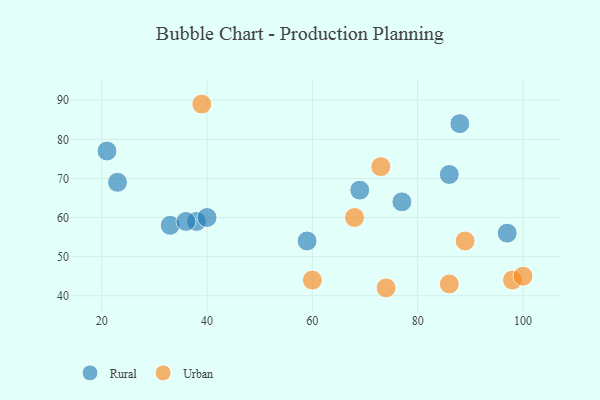
{"axis": {"x": "GDP", "y": "Life Expectancy"}, "legend": ["Rural", "Urban"], "data": [{"x": "88", "y": 84, "type": "Rural"}, {"x": "97", "y": 56, "type": "Rural"}, {"x": "38", "y": 59, "type": "Rural"}, {"x": "86", "y": 71, "type": "Rural"}, {"x": "40", "y": 60, "type": "Rural"}, {"x": "59", "y": 54, "type": "Rural"}, {"x": "69", "y": 67, "type": "Rural"}, {"x": "77", "y": 64, "type": "Rural"}, {"x": "33", "y": 58, "type": "Rural"}, {"x": "23", "y": 69, "type": "Rural"}, {"x": "36", "y": 59, "type": "Rural"}, {"x": "21", "y": 77, "type": "Rural"}, {"x": "86", "y": 43, "type": "Urban"}, {"x": "73", "y": 73, "type": "Urban"}, {"x": "98", "y": 44, "type": "Urban"}, {"x": "89", "y": 54, "type": "Urban"}, {"x": "68", "y": 60, "type": "Urban"}, {"x": "100", "y": 45, "type": "Urban"}, {"x": "39", "y": 89, "type": "Urban"}, {"x": "74", "y": 42, "type": "Urban"}, {"x": "60", "y": 44, "type": "Urban"}]}